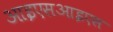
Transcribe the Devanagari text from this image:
आइएसआइएस